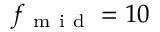
f _ { \mathrm { ~ m ~ i ~ d ~ } } = 1 0